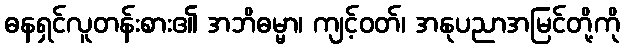
ဓနရှင်လူတန်းစား၏ အဘိဓမ္မာ၊ ကျင့်ဝတ်၊ အနုပညာအမြင်တို့ကို